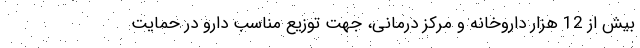
بیش از 12 هزار داروخانه و مرکز درمانی، جهت توزیع مناسب دارو در حمایت